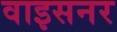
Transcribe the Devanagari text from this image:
वाइसनर